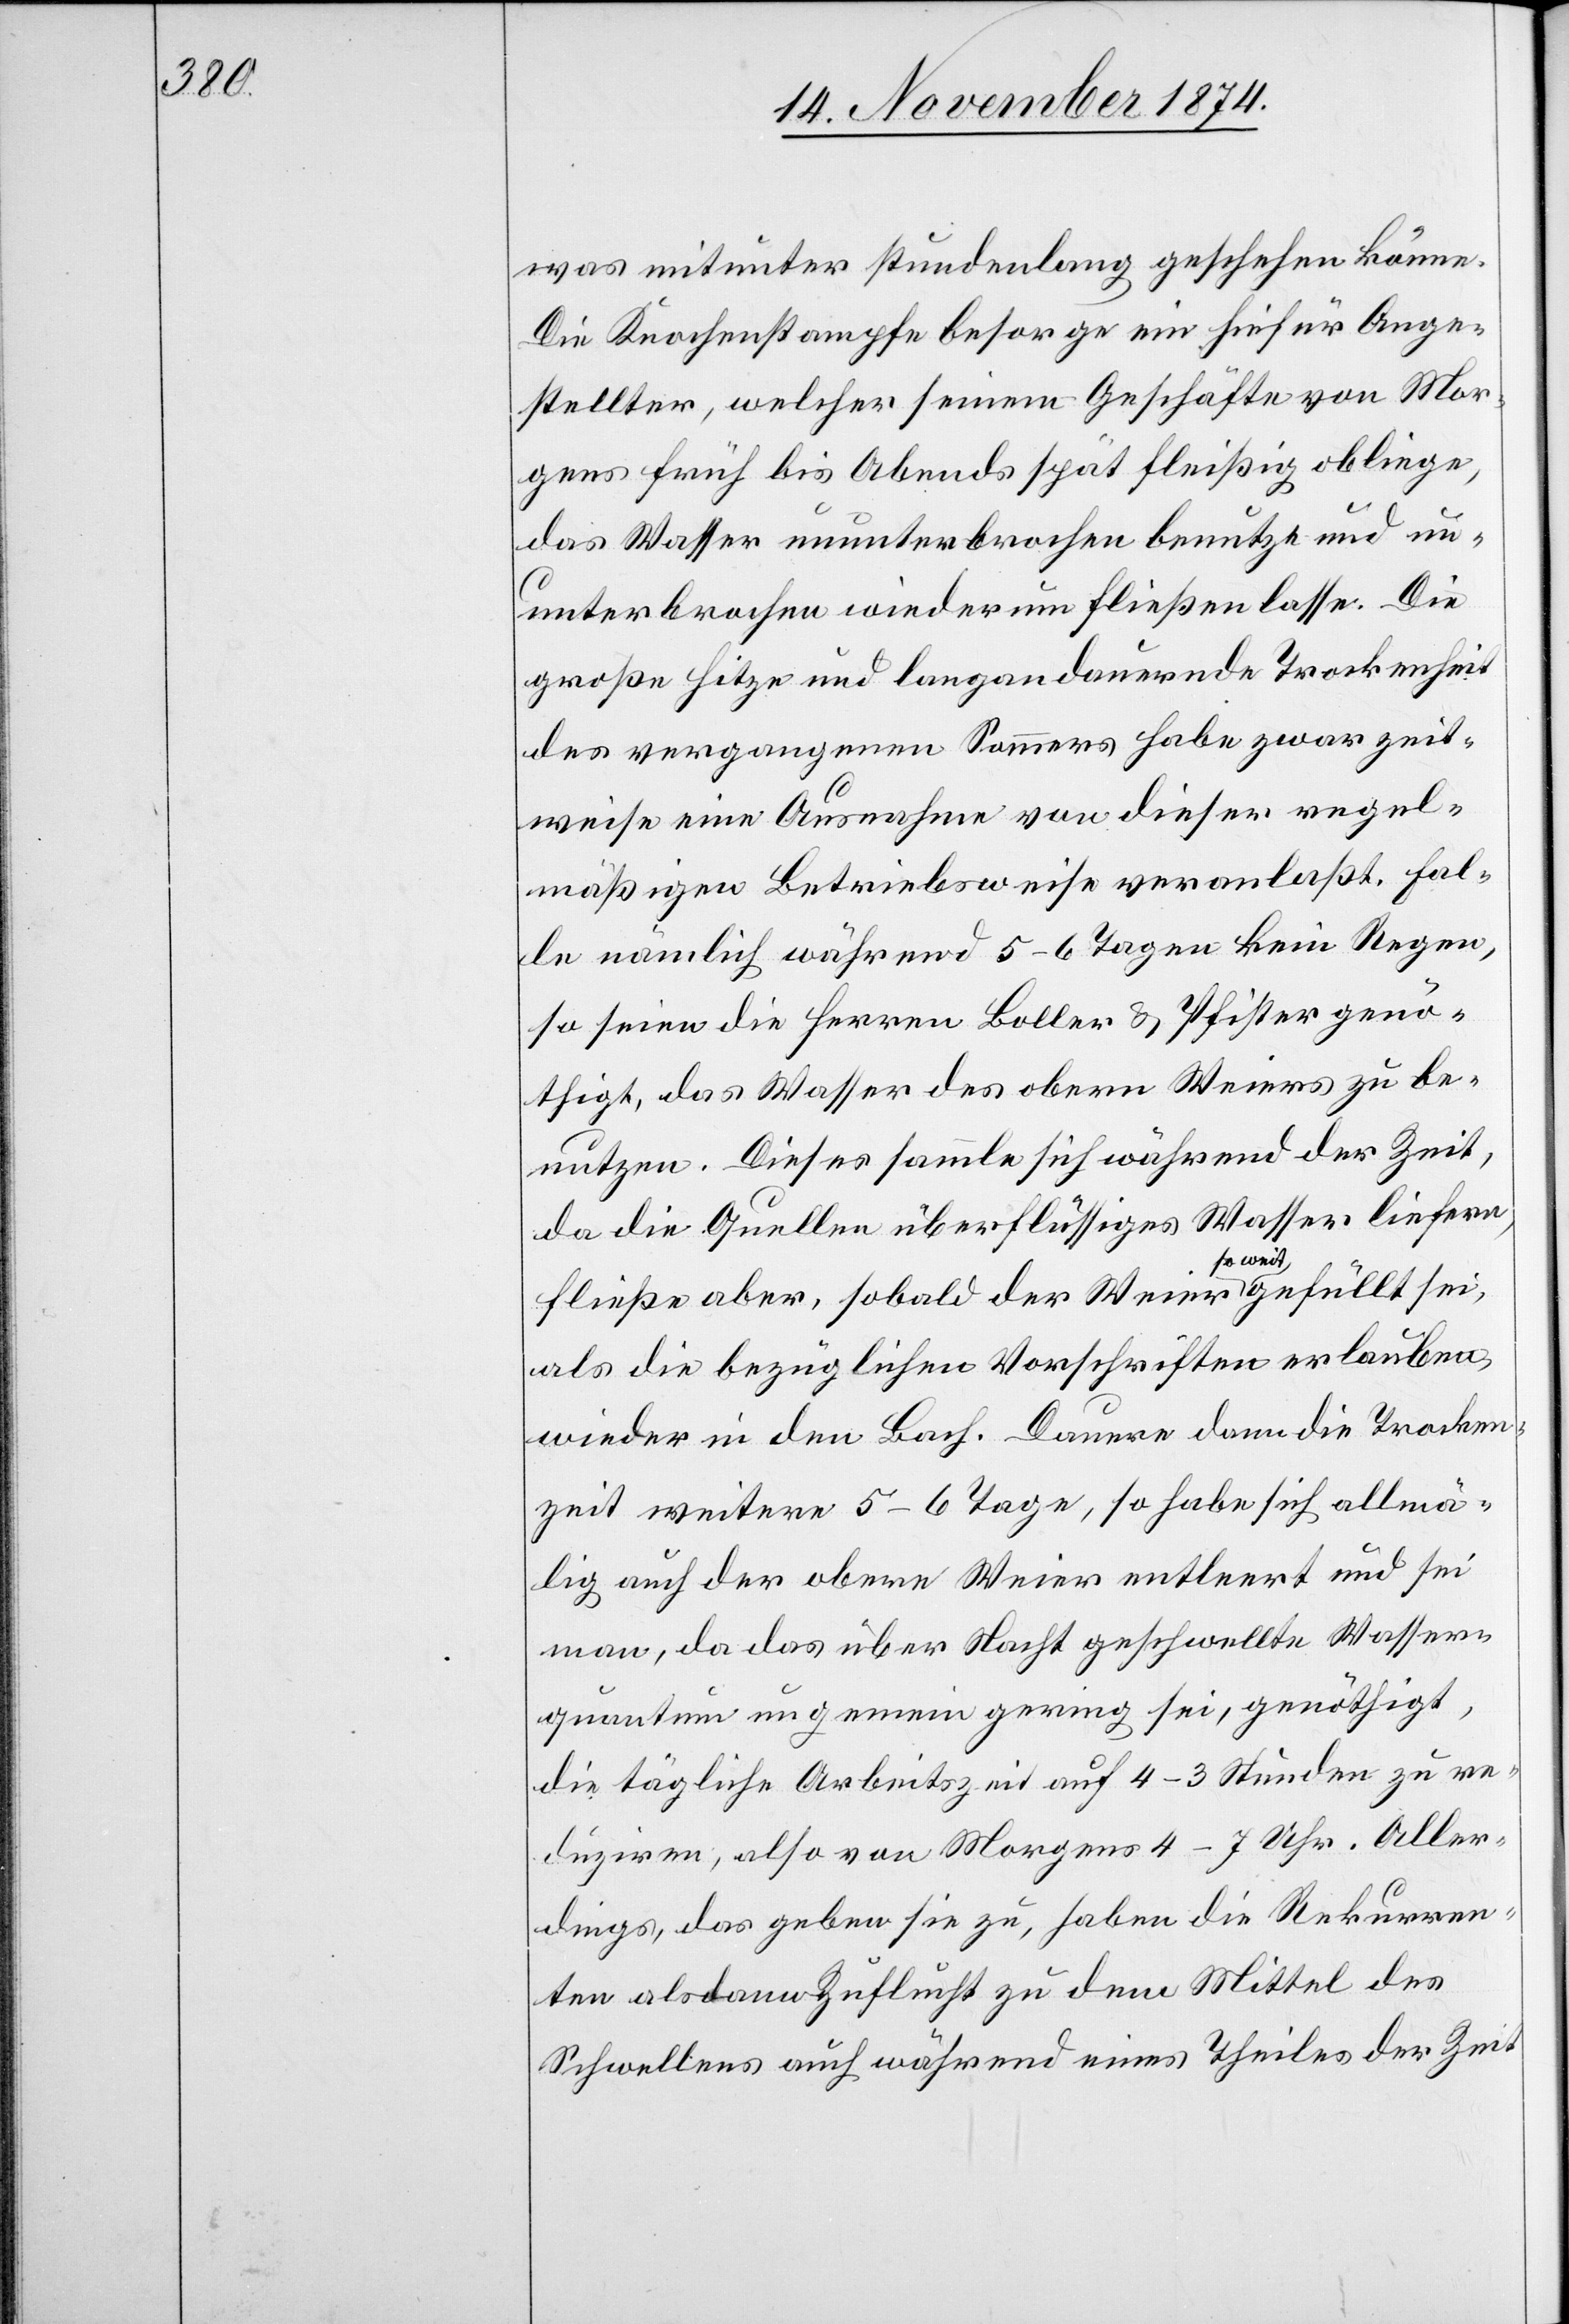
was mitunter stundenlang geschehen könne.
Die Knochenstampfe besorge ein hiefür Ange¬
stellter, welcher seinem Geschäfte von Mor¬
gens früh bis Abends spät fleißig obliege,
das Wasser ununterbrochen benutze und un¬
unterbrochen wiederum fließen lasse. Die
große Hitze und langandauernde Trockenheit
des vergangenen Sommers habe zwar zeit¬
weise eine Ausnahme von dieser regel¬
mäßigen Betriebsweise veranlaßt. Fal¬
le nämlich während 5–6 Tagen kein Regen,
so seien die Herren Boller & Pfister genö¬
thigt, das Wasser des obern Weiers zu be¬
nutzen. Dieses sammle sich während der Zeit,
da die Quellen überflüssiges Wasser liefern,
fließe aber, sobald der Weier so weit gefüllt sei,
als die bezüglichen Vorschriften erlauben,
wieder in den Bach. Dauere dann die Trocken¬
zeit weitere 5–6 Tage, so habe sich allmä¬
lig auch der obere Weier entleert und sei
man, da das über Nacht geschwellte Wasser¬
quantum ungemein gering sei, genöthigt,
die tägliche Arbeitszeit auf 4–3 Stunden zu re¬
duziren, also von Morgens 4–7 Uhr. Aller¬
dings, das geben sie zu, haben die Rekurren¬
ten alsdann Zuflucht zu dem Mittel des
Schwellens auch während eines Theiles der Zeit